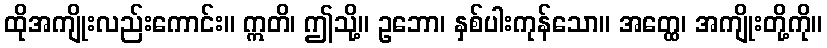
ထိုအကျိုးလည်းကောင်း။ ဣတိ၊ ဤသို့။ ဥဘော၊ နှစ်ပါးကုန်သော။ အတ္ထေ၊ အကျိုးတို့ကို။